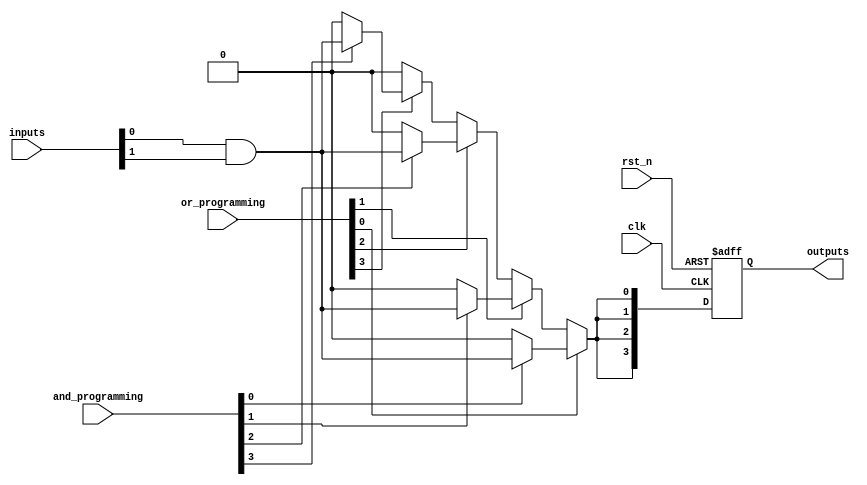
module RPAL #(
    parameter NUM_AND_GATES = 8, // Number of AND gates
    parameter NUM_OR_GATES = 4,  // Number of OR gates
    parameter NUM_INPUTS = 16,    // Number of inputs
    parameter NUM_OUTPUTS = 4     // Number of outputs
)(
    input wire clk,                       // Clock signal
    input wire rst_n,                     // Active low reset
    input wire [NUM_INPUTS-1:0] inputs,  // Input signals
    input wire [NUM_AND_GATES-1:0] and_programming, // Programming for AND gates
    input wire [NUM_OR_GATES-1:0] or_programming,   // Programming for OR gates
    output reg [NUM_OUTPUTS-1:0] outputs // Registered outputs
);

    // Internal signals for AND gate outputs
    wire [NUM_AND_GATES-1:0] and_outputs;

    // Generate AND gates based on programming
    genvar i;
    generate
        for (i = 0; i < NUM_AND_GATES; i = i + 1) begin : and_gate
            assign and_outputs[i] = and_programming[i] ? (inputs[0] & inputs[1]) : 1'b0; // Example: AND of first two inputs
            // You can modify the logic here to include more inputs based on your design
        end
    endgenerate

    // OR gate logic (fixed OR array)
    wire or_output;
    assign or_output = or_programming[0] ? and_outputs[0] : 1'b0 |
                       or_programming[1] ? and_outputs[1] : 1'b0 |
                       or_programming[2] ? and_outputs[2] : 1'b0 |
                       or_programming[3] ? and_outputs[3] : 1'b0;

    // Registering the output
    always @(posedge clk or negedge rst_n) begin
        if (!rst_n) begin
            outputs <= {NUM_OUTPUTS{1'b0}}; // Reset outputs
        end else begin
            outputs <= {or_output, or_output, or_output, or_output}; // Example: replicating the OR output
            // You can modify this to assign different outputs based on your requirements
        end
    end

endmodule